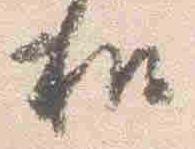
和